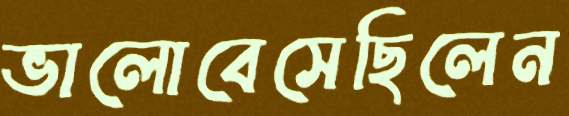
ভালোবেসেছিলেন